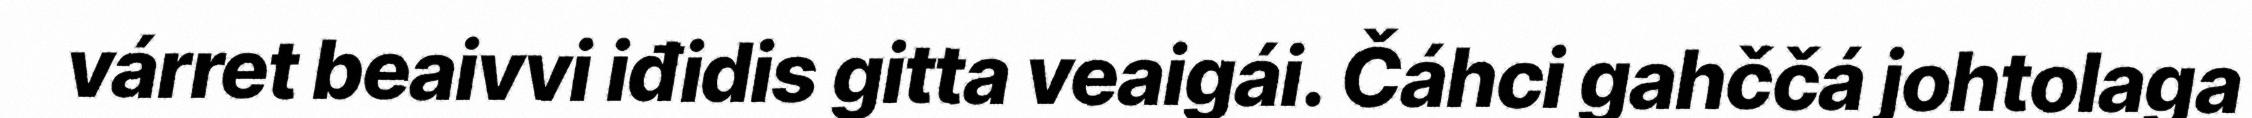
várret beaivvi iđidis gitta veaigái. Čáhci gahččá johtolaga